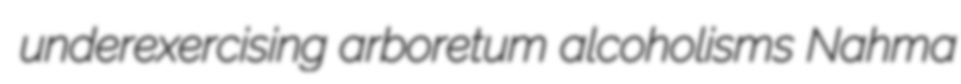
underexercising arboretum alcoholisms Nahma